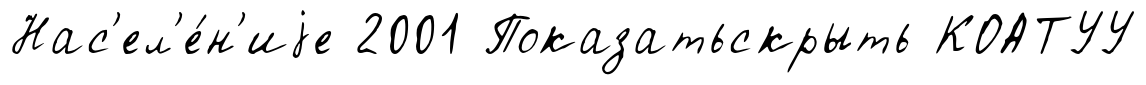
Нас'ел'е́н'иjе 2001 Показатьскрыть КОАТУУ